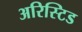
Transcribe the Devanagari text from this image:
अरिस्टिड